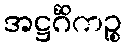
အဋ္ဌင်္ဂိကဉ္စ